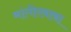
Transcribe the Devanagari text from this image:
मांगीरबाबा